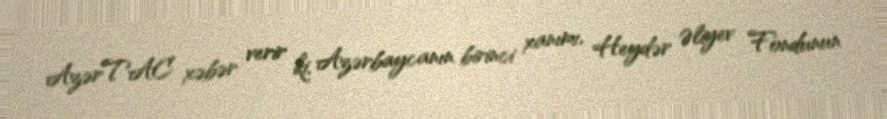
AzərTAC xəbər verir ki, Azərbaycanın birinci xanımı, Heydər Əliyev Fondunun